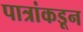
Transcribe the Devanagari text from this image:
पात्रांकडून